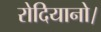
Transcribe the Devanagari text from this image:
रोदियानो।